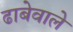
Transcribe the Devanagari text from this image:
ढाबेवाले